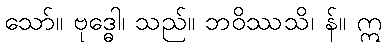
သော်။ ဗုဒ္ဓေါ၊ သည်။ ဘဝိဿသိ၊ န်။ ဣ